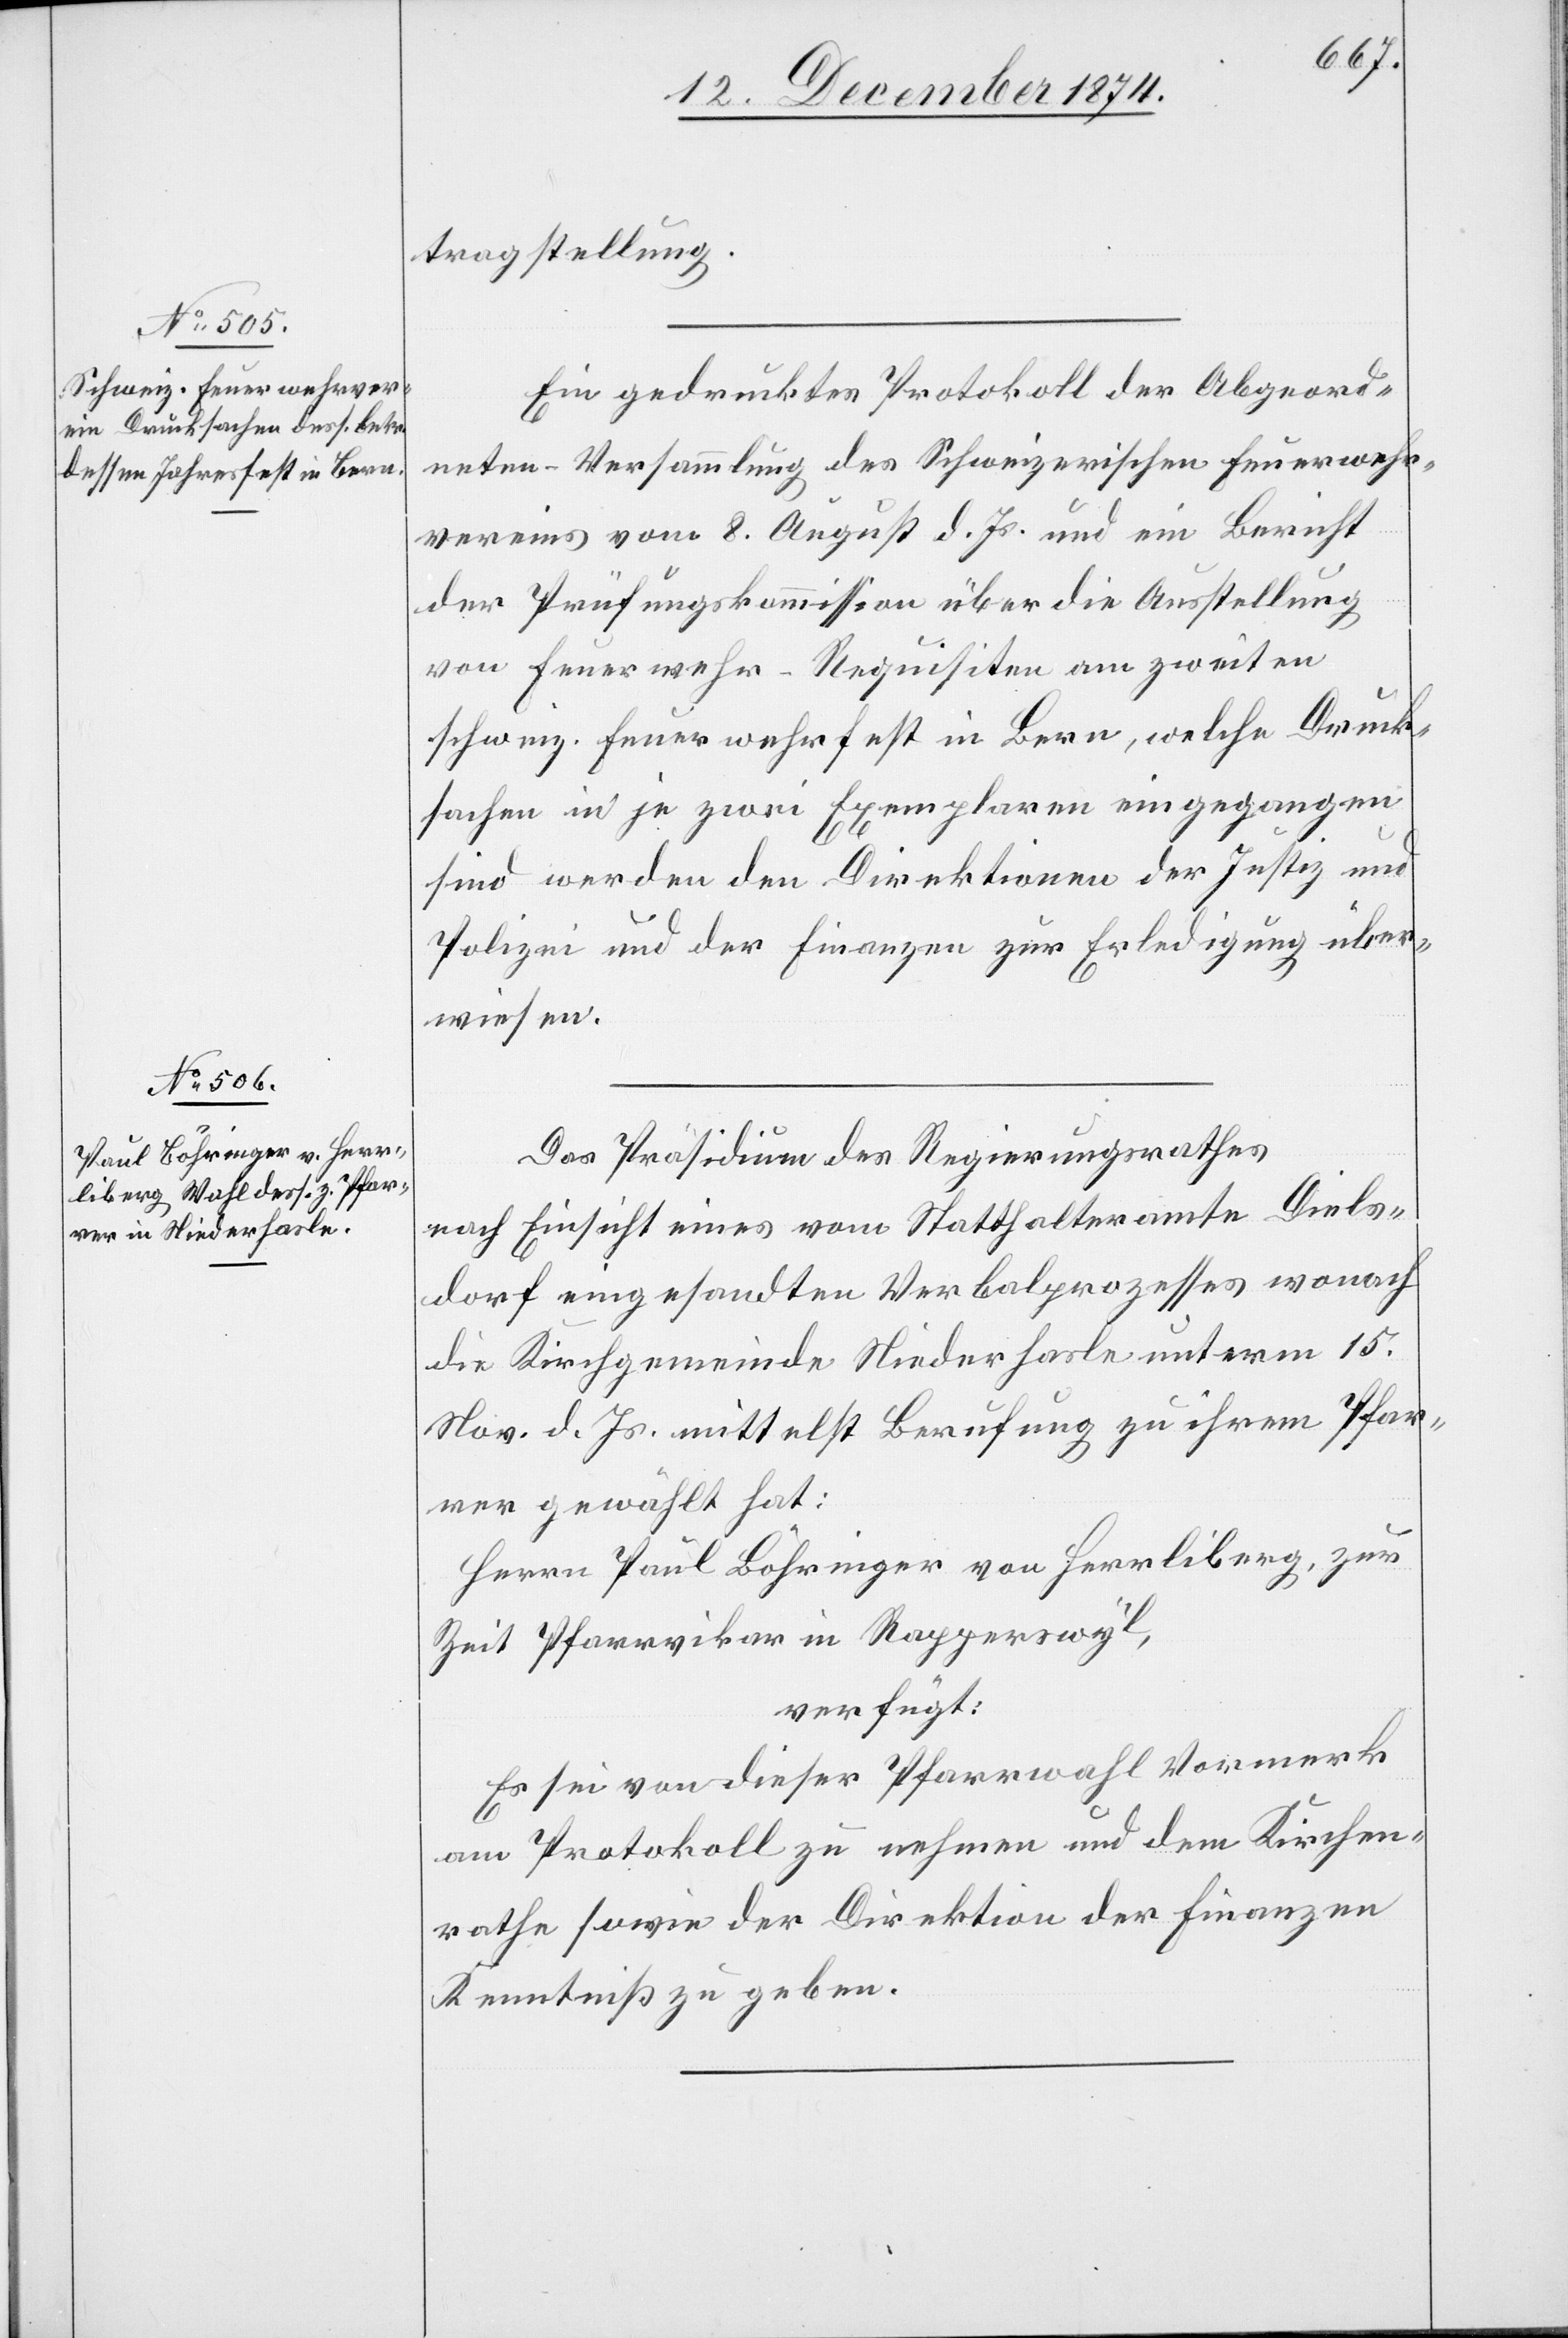
12. Dezember 1874.]
tragstellung.
Ein gedrucktes Protokoll der Abgeord¬
neten-Versammlung des Schweizerischen Feuerwehr¬
vereins vom 8. August d. Js. und ein Bericht
der Prüfungskommission über die Ausstellung
von Feuerwehr-Requisiten am zweiten
schweiz. Feuerwehrfest in Bern, welche Druck¬
sachen in je zwei Exemplaren eingegangen
sind werden den Direktionen der Justiz und
Polizei und der Finanzen zur Erledigung über¬
wiesen.
Das Präsidium des Regierungsrathes
nach Einsicht eines vom Statthalteramte Diels¬
dorf eingesandten Verbalprozesses wonach
die Kirchgemeinde Niederhasle unterm 15.
Nov. d. Js. mittelst Berufung zu ihrem Pfar¬
rer gewählt hat:
Herrn Paul Böhringer von Herrliberg, zur
Zeit Pfarrvikar in Rapperswyl,
verfügt:
Es sei von dieser Pfarrwahl Vormerk
am Protokoll zu nehmen und dem Kirchen¬
rathe sowie der Direktion der Finanzen
Kenntniß zu geben.